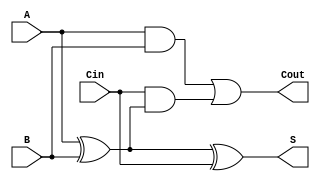
`timescale 1ns / 1ps
//////////////////////////////////////////////////////////////////////////////////
// Company: 
// Engineer: 
// 
// Design Name: 
// Module Name: one_bit_adder
// Project Name: 
// Target Devices: 
// Tool Versions: 
// Description: 
// 
// Dependencies: 
// 
// Revision:
// Revision 0.01 - File Created
// Additional Comments:
// 
//////////////////////////////////////////////////////////////////////////////////


module one_bit_adder(input A, B, Cin, output S, Cout);
    
    assign S = A ^ B ^ Cin;
    assign Cout = (A & B) | (Cin & (A ^ B) );
    
endmodule